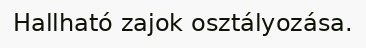
Hallható zajok osztályozása.